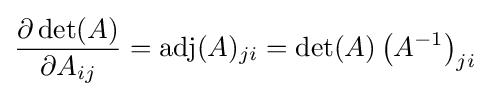
{\frac {\partial \det(A)}{\partial A_{ij}}}=\operatorname {adj} (A)_{ji}=\det(A)\left(A^{-1}\right)_{ji}